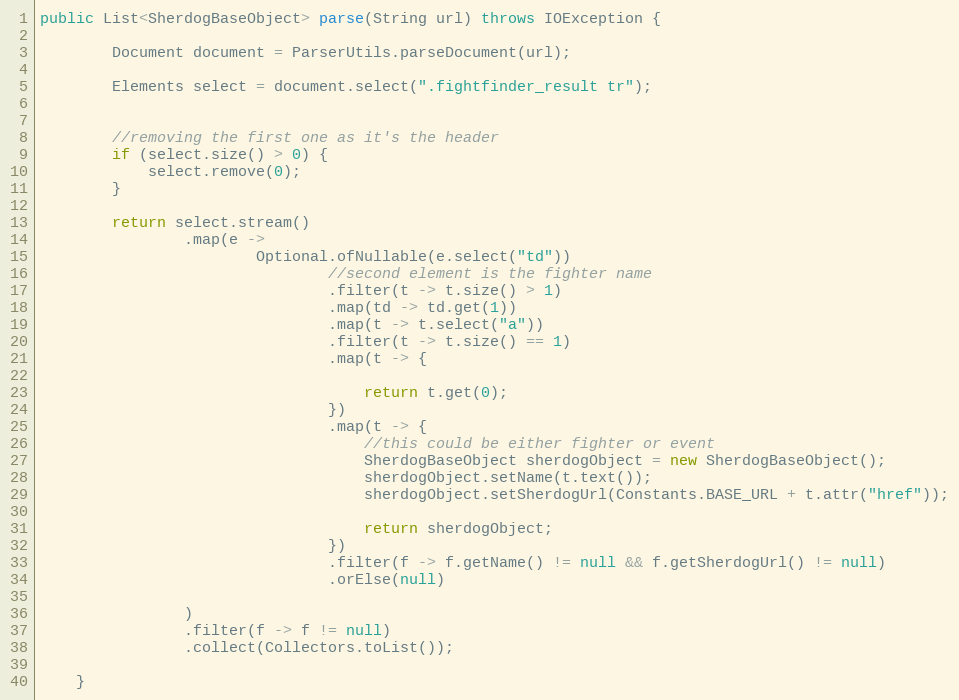
Language: Java
public List<SherdogBaseObject> parse(String url) throws IOException {

        Document document = ParserUtils.parseDocument(url);

        Elements select = document.select(".fightfinder_result tr");

        //removing the first one as it's the header
        if (select.size() > 0) {
            select.remove(0);
        }

        return select.stream()
                .map(e ->
                        Optional.ofNullable(e.select("td"))
                                //second element is the fighter name
                                .filter(t -> t.size() > 1)
                                .map(td -> td.get(1))
                                .map(t -> t.select("a"))
                                .filter(t -> t.size() == 1)
                                .map(t -> {

                                    return t.get(0);
                                })
                                .map(t -> {
                                    //this could be either fighter or event
                                    SherdogBaseObject sherdogObject = new SherdogBaseObject();
                                    sherdogObject.setName(t.text());
                                    sherdogObject.setSherdogUrl(Constants.BASE_URL + t.attr("href"));

                                    return sherdogObject;
                                })
                                .filter(f -> f.getName() != null && f.getSherdogUrl() != null)
                                .orElse(null)

                )
                .filter(f -> f != null)
                .collect(Collectors.toList());

    }